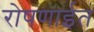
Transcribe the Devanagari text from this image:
रोषणाईत